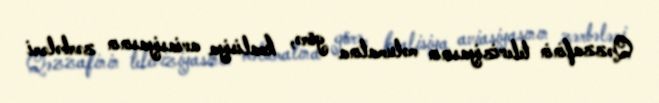
Qəzzafinin televiziyasının məlumatına görə, koalisiya aviasiyasının zərbələri